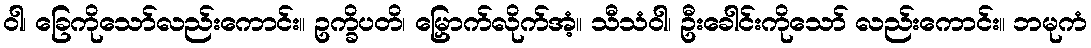
ဝါ၊ ခြေကိုသော်လည်းကောင်း။ ဥက္ခိပတိ၊ မြှောက်လိုက်အံ့။ သီသံဝါ၊ ဦးခေါင်းကိုသော် လည်းကောင်း။ ဘမုကံ